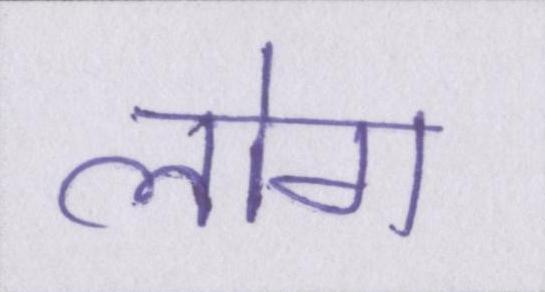
लोग